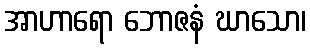
အာဟာရော ဘောဇနံ ဃာသော၊